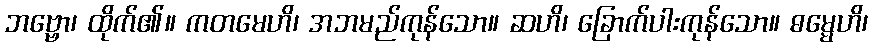
ဘဗ္ဗော၊ ထိုက်၏။ ကတမေဟိ၊ အဘမည်ကုန်သော။ ဆဟိ၊ ခြောက်ပါးကုန်သော။ ဓမ္မေဟိ၊